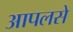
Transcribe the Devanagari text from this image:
आपलसे